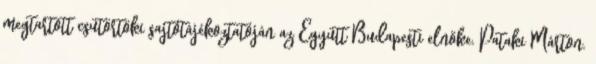
megtartott csütörtöki sajtótájékoztatóján az Együtt Budapesti elnöke. Pataki Márton.